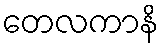
တေလကာနိ